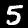
Digit: 5